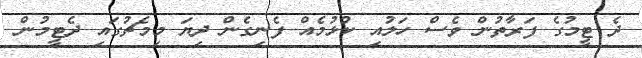
ދެ ޓީމުގެ ފަރާތުން ވެސް ހަލުއި ކުޅުމެއް ފެނިގެން ދިޔަ މިމެޗުގައި ދެޓީމުން